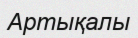
Артықалы